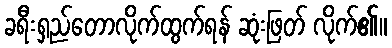
ခရီးရှည်တောလိုက်ထွက်ရန် ဆုံးဖြတ် လိုက်၏။